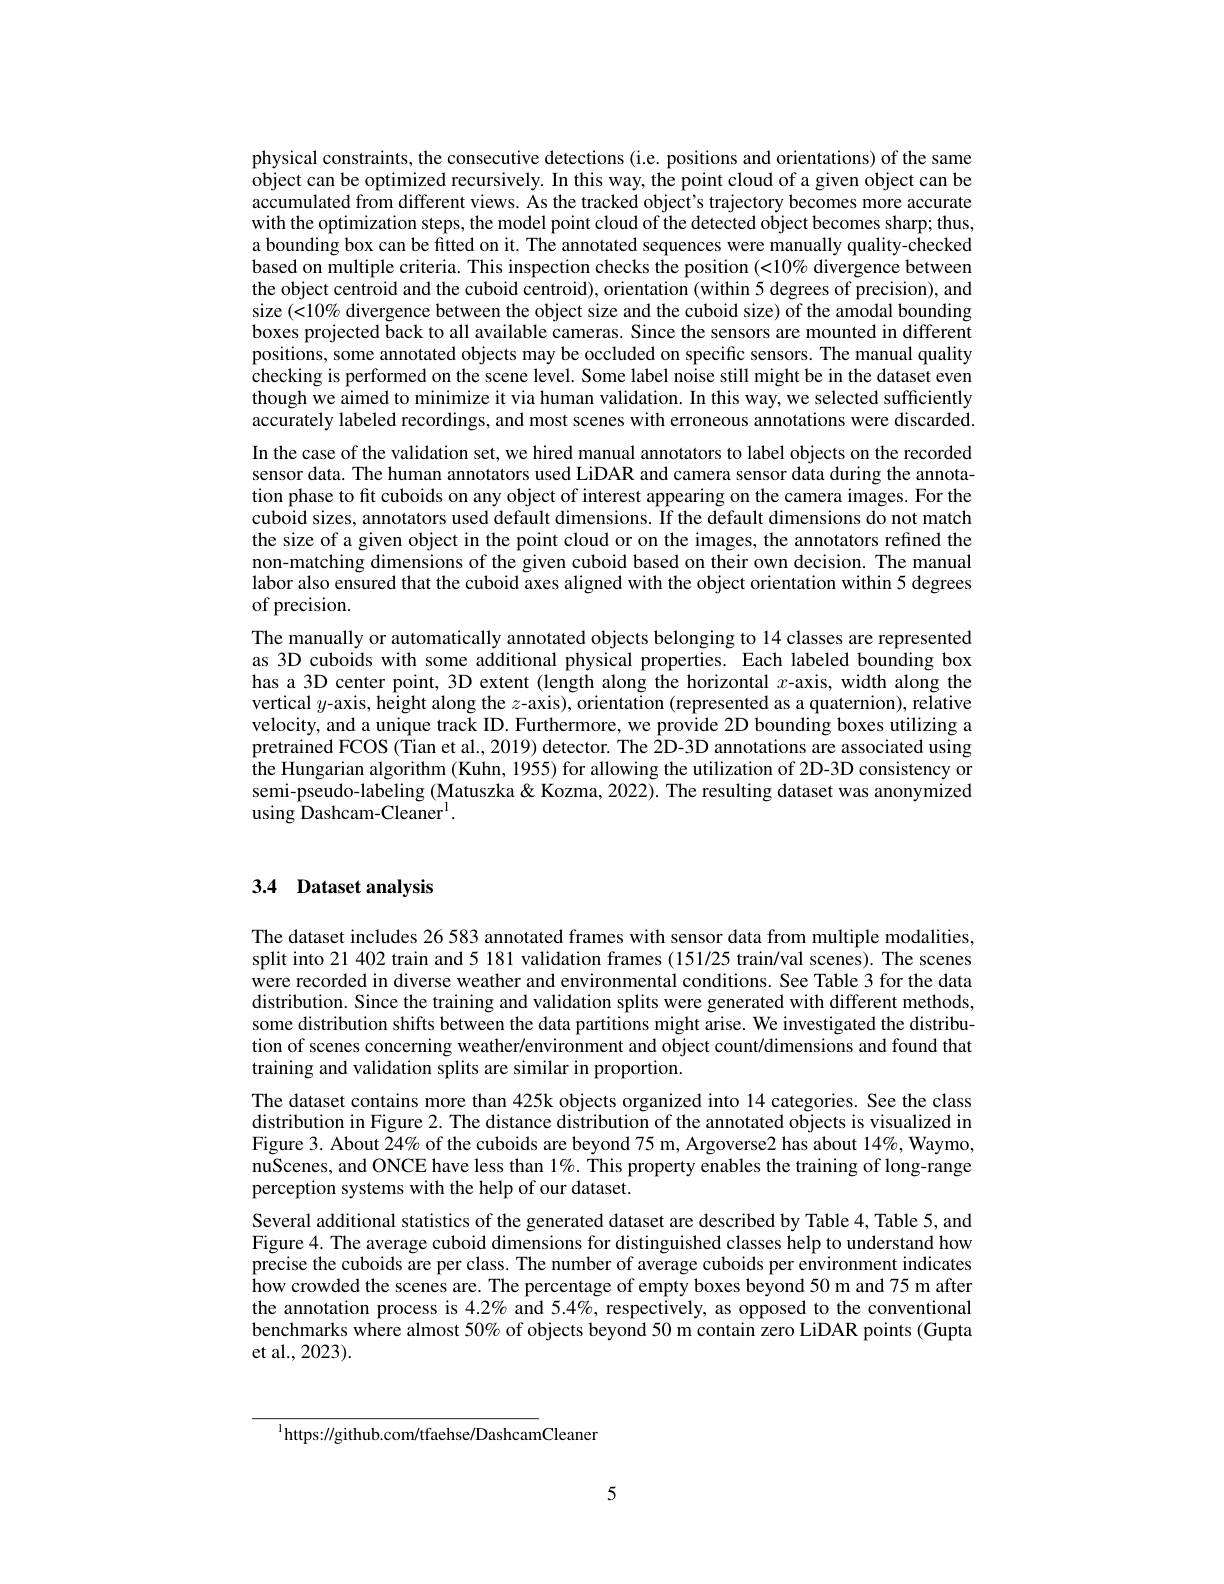
physical constraints, the consecutive detections (i.e. positions and orientations) of the same object can be optimized recursively. In this way, the point cloud of a given object can be accumulated from different views. As the tracked object's trajectory becomes more accurate with the optimization steps, the model point cloud of the detected object becomes sharp; thus, a bounding box can be fitted on it. The annotated sequences were manually quality-checked based on multiple criteria. This inspection checks the position $(<10\%$ divergence between the object centroid and the cuboid centroid), orientation (within 5 degrees of precision), and size $(<10\%$ divergence between the object size and the cuboid size) of the amodal bounding boxes projected back to all available cameras. Since the sensors are mounted in different positions, some annotated objects may be occluded on specific sensors. The manual quality checking is performed on the scene level. Some label noise still might be in the dataset even though we aimed to minimize it via human validation. In this way, we selected sufficiently accurately labeled recordings, and most scenes with erroneous annotations were discarded. In the case of the validation set, we hired manual annotators to label objects on the recorded sensor data. The human annotators used LiDAR and camera sensor data during the annotation phase to fit cuboids on any object of interest appearing on the camera images. For the cuboid sizes, annotators used default dimensions. If the default dimensions do not match the size of a given object in the point cloud or on the images, the annotators refined the non-matching dimensions of the given cuboid based on their own decision. The manual labor also ensured that the cuboid axes aligned with the object orientation within 5 degrees of precision.
The manually or automatically annotated objects belonging to 14 classes are represented as 3D cuboids with some additional physical properties. Each labeled bounding box has a 3D center point, 3D extent (length along the horizontal $x$-axis, width along the vertical $y$-axis, height along the $z$-axis), orientation (represented as a quaternion), relative velocity, and a unique track ID. Furthermore, we provide 2D bounding boxes utilizing a pretrained FCOS (Tian et al., 2019) detector. The $\dot{2}$D-3D annotations are associated using the Hungarian algorithm (Kuhn, 1955) for allowing the utilization of 2D-3D consistency or semi-pseudo-labeling (Matuszka&Kozma, 2022). The resulting dataset was anonymized using Dashcam-Cleaner$^{\mathrm{l}}.$

## 3.4 Dataset analysis

The dataset includes 26 583 annotated frames with sensor data from multiple modalities, split into 21 402 train and 5 181 validation frames (151/25 train/val scenes). The scenes were recorded in diverse weather and environmental conditions. See Table 3 for the data distribution. Since the training and validation splits were generated with different methods, some distribution shifts between the data partitions might arise. We investigated the distribution of scenes concerning weather/environment and object count/dimensions and found that training and validation splits are similar in proportion.
The dataset contains more than 425k objects organized into 14 categories. See the class distribution in Figure 2. The distance distribution of the annotated objects is visualized in Figure 3. About $\tilde{2} 4\%$ of the cuboids are beyond 75 m, Argoverse2 has about 14%, Waymo, nuScenes, and ONCE have less than $1\%.$ This property enables the training of long-range perception systems with the help of our dataset.
Several additional statistics of the generated dataset are described by Table 4, Table 5, and Figure 4. The average cuboid dimensions for distinguished classes help to understand how precise the cuboids are per class. The number of average cuboids per environment indicates how crowded the scenes are. The percentage of empty boxes beyond 50 m and 75 m after the annotation process is $4.2\%$ and 5.4%, respectively, as opposed to the conventional benchmarks where almost 50% of objects beyond 50 m contain zero LiDAR points (Gupta et al., 2023).

$^{1}$https://github.com/tfaehse/DashcamCleaner

5